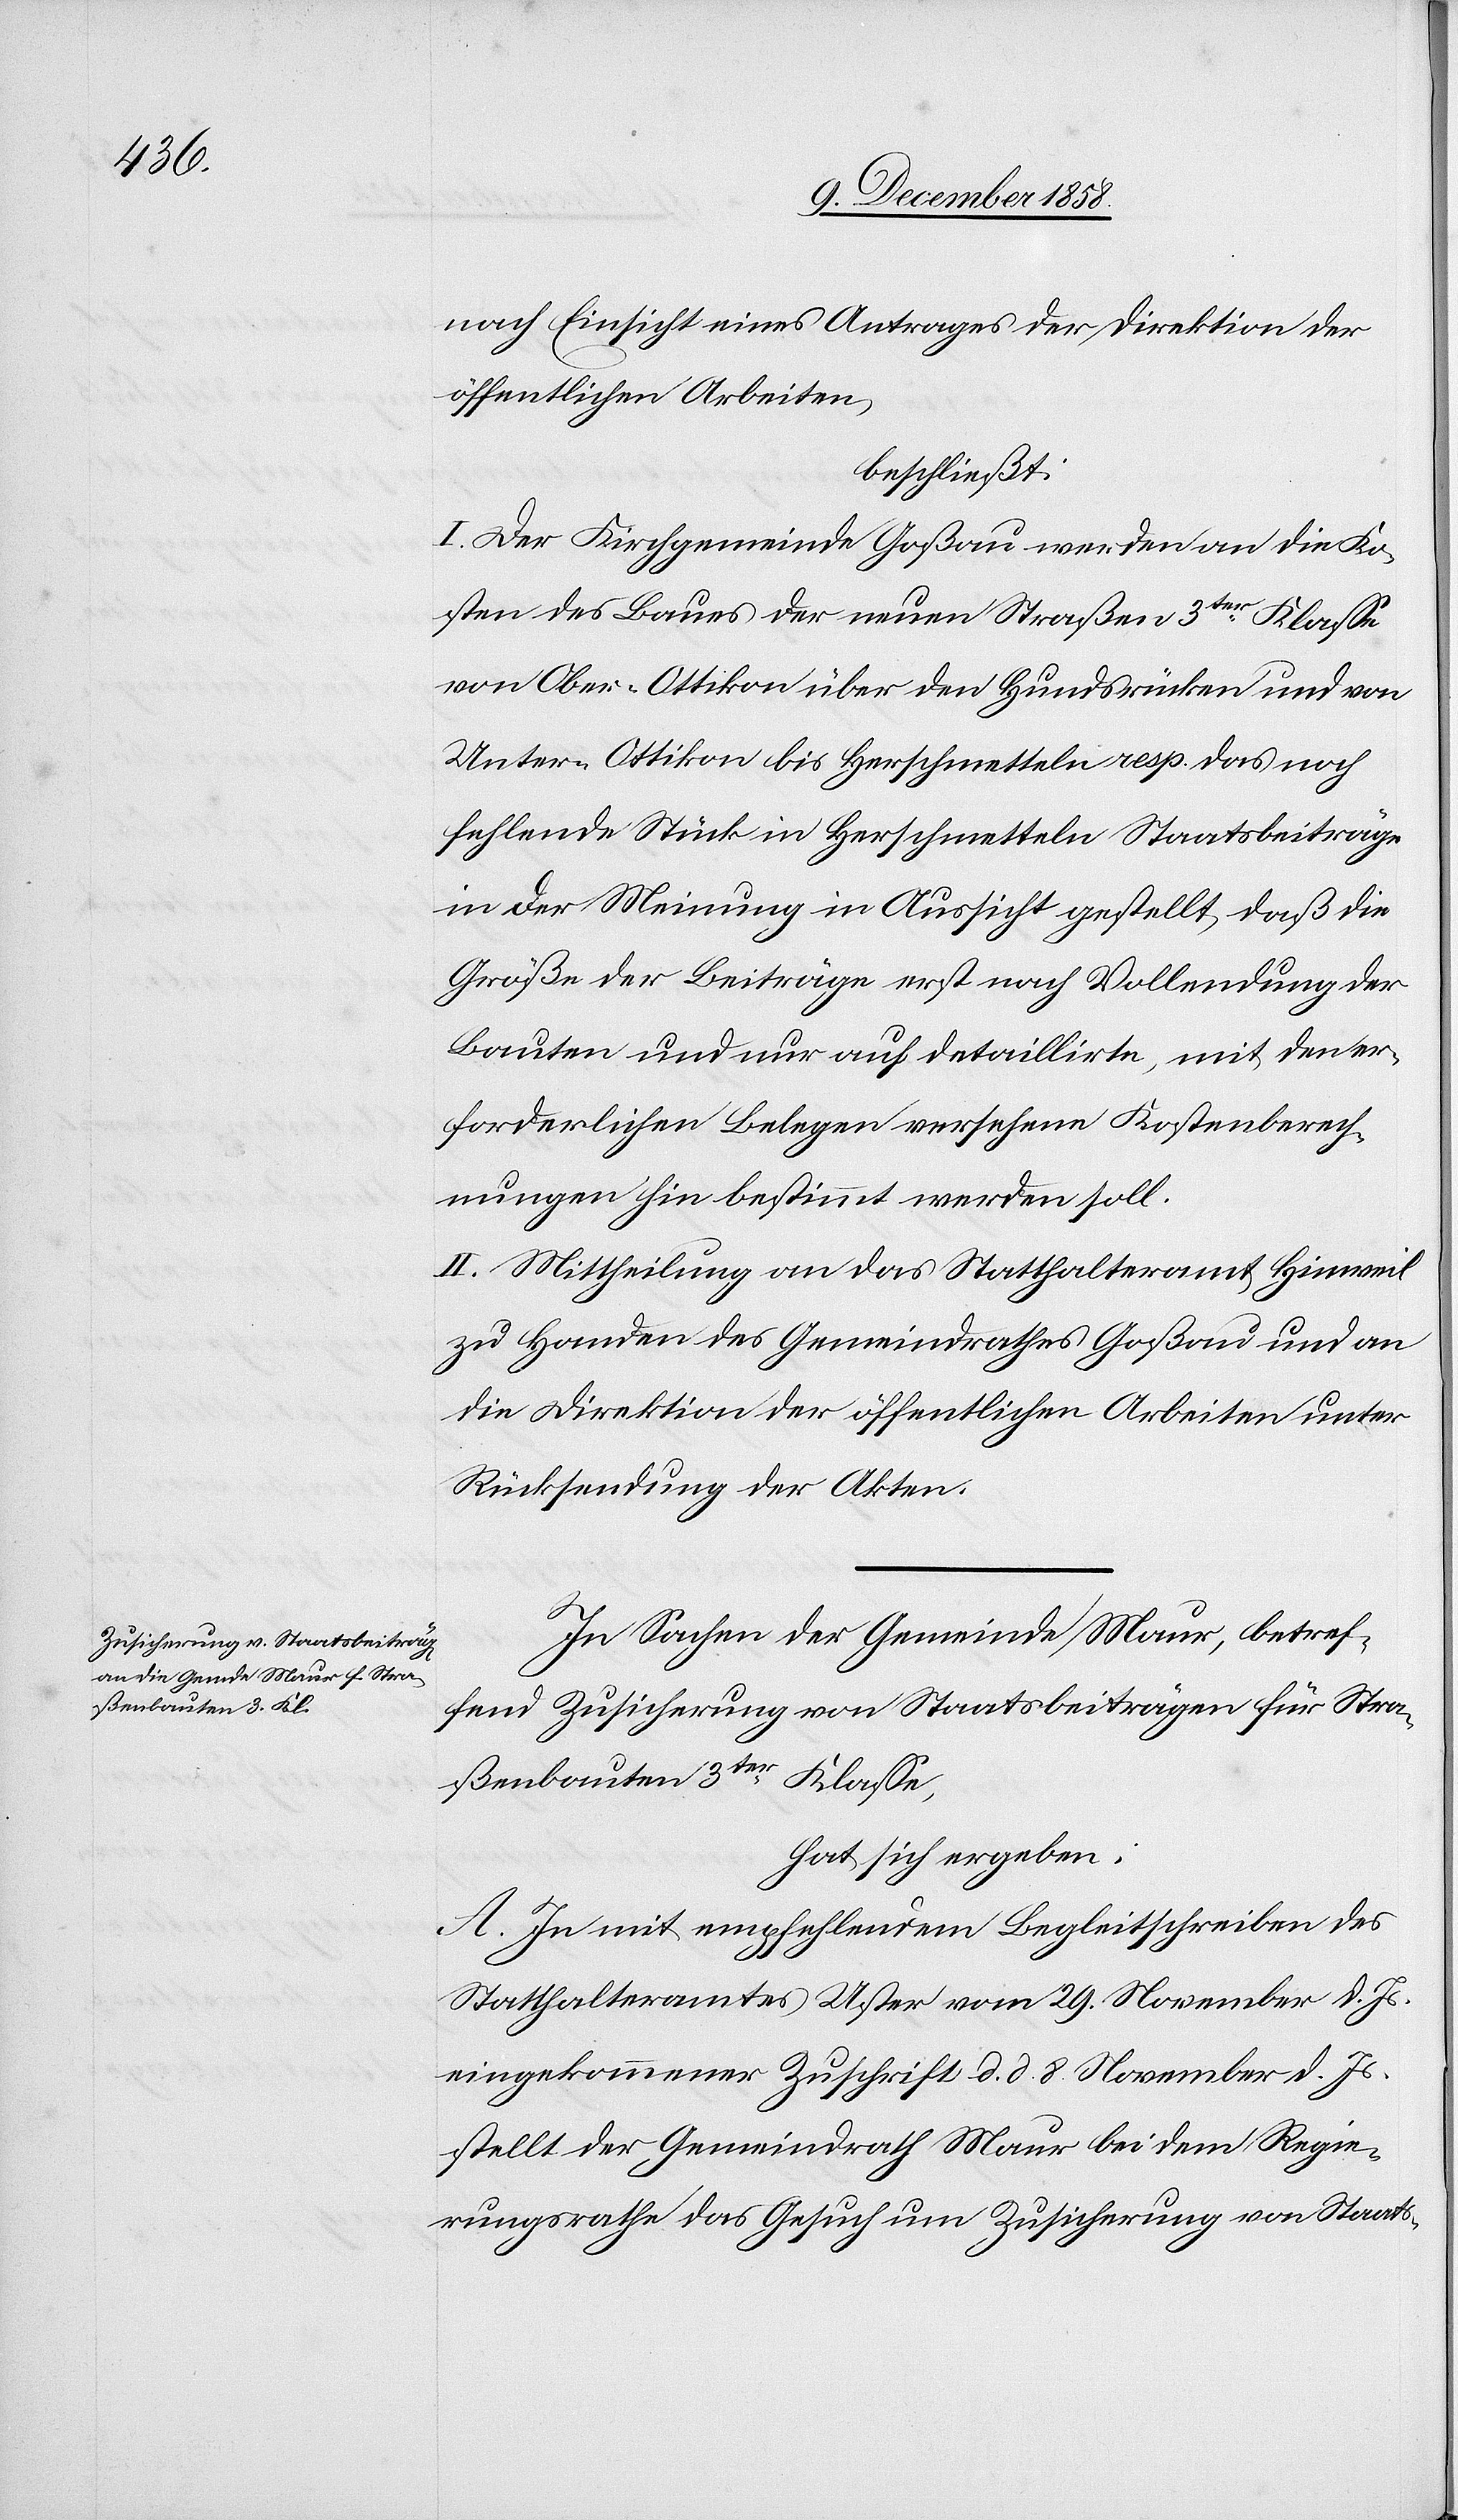
nach Einsicht eines Antrages der Direktion der
öffentlichen Arbeiten,
beschließt:
I. Der Kirchgemeinde Goßau werden an die Ko¬
sten des Baues der neuen Straßen 3ter Klasse
von Ober-Ottikon über den Hundsrücken und von
Unter-Ottikon bis Herschmetteln resp. das noch
fehlende Stück in Herschmetteln Staatsbeiträge
in der Meinung in Aussicht gestellt, daß die
Größe der Beiträge erst nach Vollendung der
Bauten und nur auf detaillirte, mit den er¬
forderlichen Belegen versehene Kostenberech¬
nungen hin bestimmt werden soll.
II. Mittheilung an das Statthalteramt Hinweil
zu Handen des Gemeindrathes Goßau und an
die Direktion der öffentlichen Arbeiten unter
Rücksendung der Akten.
In Sachen der Gemeinde Maur, betref¬
fend Zusicherung von Staatsbeiträgen für Stra¬
ßenbauten 3ter Klasse,
hat sich ergeben:
A. In mit empfehlendem Begleitschreiben des
Statthalteramtes Uster vom 29. November d. Js.
eingekommener Zuschrift d. d. 8. November d. Js.
stellt der Gemeindrath Maur bei dem Regie¬
rungsrathe das Gesuch um Zusicherung von Staats-